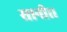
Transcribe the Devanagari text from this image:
सानी।।